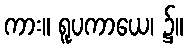
ကား။ ရူပကာယေ၊ ၌။